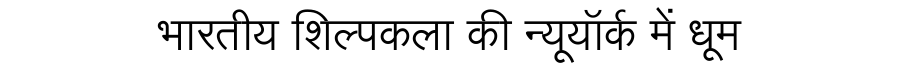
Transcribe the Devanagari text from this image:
भारतीय शिल्पकला की न्यूयॉर्क में धूम